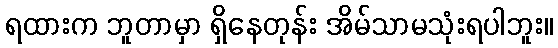
ရထားက ဘူတာမှာ ရှိနေတုန်း အိမ်သာမသုံးရပါဘူး။